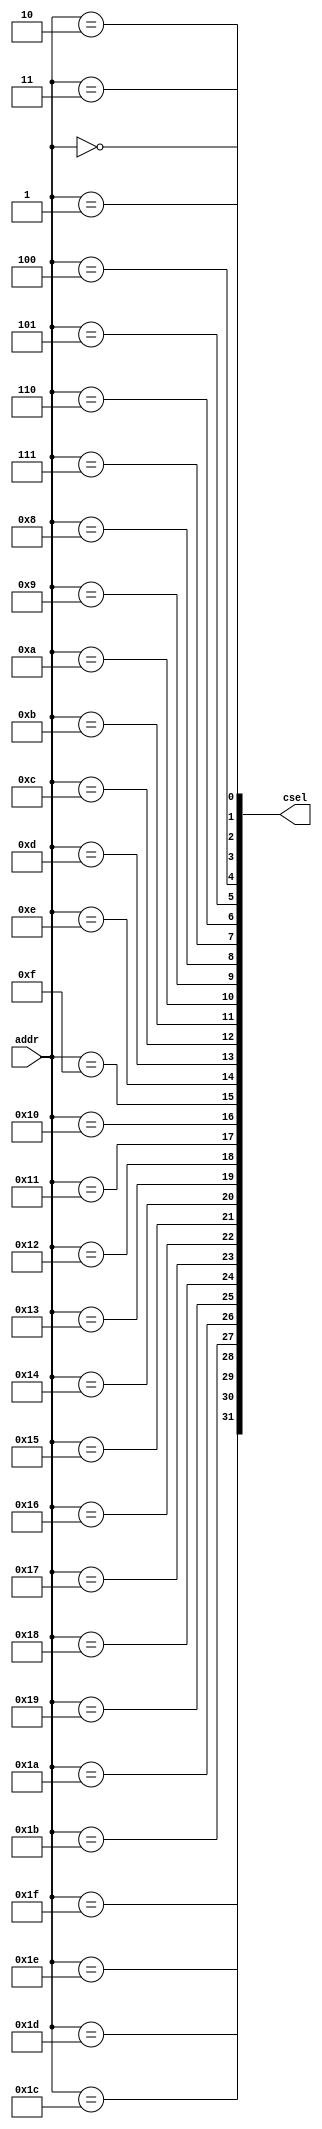
/**
 * Decoder
 */


`timescale 1ns/1ps
/**** Module ****/
module decoder(addr, csel);


/* Parameters */
parameter  n  = 32;

localparam a  = $clog2(n);

input  wire[a-1:0] addr;
output wire[n-1:0] csel;

genvar i;


/* Logic */
generate for(i=0;i<n;i=i+1) begin:decode
    assign csel[i] = (addr == i);
end endgenerate


/* Module end */
endmodule





/**** Test Module ****/
module test_decoder();


/* Local parameters for test */
localparam n = 32;
localparam a = $clog2(n);


/* Create input registers and output wires */
reg [a-1:0] addr;
wire[n-1:0] csel;


/* Create instance */
decoder #(n) dec (addr, csel);


/* Run test */
initial begin
    $display("Testing Decoder...");
    addr <=  0; #1;
    $display("Bank  0: %b", csel);
    addr <=  1; #1;
    $display("Bank  1: %b", csel);
    addr <= 15; #1;
    $display("Bank 15: %b", csel);
end

/* Module end */
endmodule